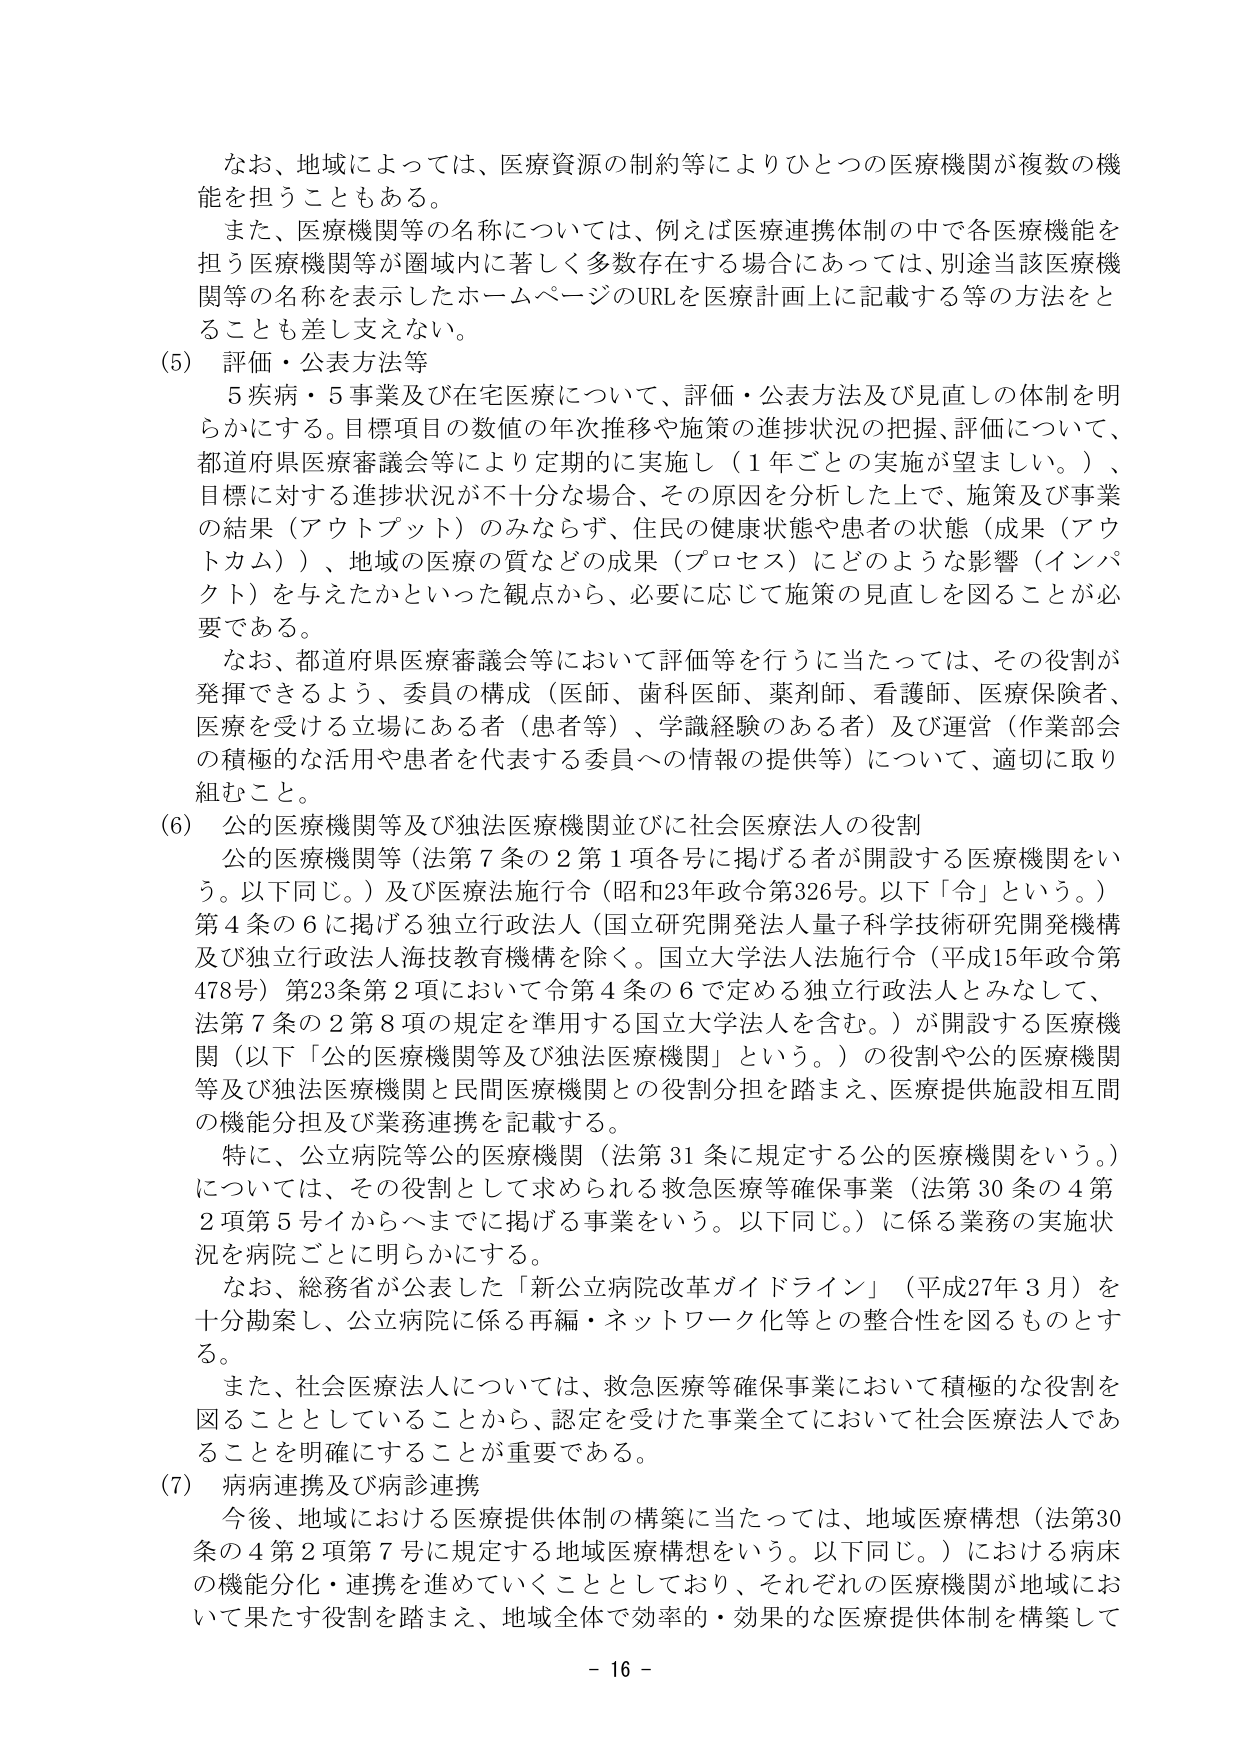
なお、地域によっては、医療資源の制約等によりひとつの医療機関が複数の機能を担うこともある。

また、医療機関等の名称については、例えば医療連携体制の中で各医療機能を担う医療機関等が圏域内に著しく多数存在する場合にあっては、別途当該医療機関等の名称を表示したホームページのURLを医療計画上に記載する等の方法をとることも差し支えない。

(5) 評価・公表方法等

　5疾病・5事業及び在宅医療について、評価・公表方法及び見直しの体制を明らかにする。目標項目の数値の年次推移や施策の進捗状況の把握、評価について、都道府県医療審議会等により定期的に実施し（1年ごとの実施が望ましい。）、目標に対する進捗状況が不十分な場合、その原因を分析した上で、施策及び事業の結果（アウトプット）のみならず、住民の健康状態や患者の状態（成果（アウトカム））、地域の医療の質などの成果（プロセス）にどのような影響（インパクト）を与えたかといった観点から、必要に応じて施策の見直しを図ることが必要である。

　なお、都道府県医療審議会等において評価等を行うに当たっては、その役割が発揮できるよう、委員の構成（医師、歯科医師、薬剤師、看護師、医療保険者、医療を受ける立場にある者（患者等）、学識経験のある者）及び運営（作業部会の積極的な活用や患者を代表する委員への情報の提供等）について、適切に取り組むこと。

(6) 公的医療機関等及び独法医療機関並びに社会医療法人の役割

　公的医療機関等（法第7条の2第1項各号に掲げる者が開設する医療機関をいう。以下同じ。）及び医療法施行令（昭和23年政令第326号。以下「令」という。）第4条の6に掲げる独立行政法人（国立研究開発法人量子科学技術研究開発機構及び独立行政法人海技教育機構を除く。国立大学法人法施行令（平成15年政令第478号）第23条第2項において令第4条の6で定める独立行政法人とみなして、法第7条の2第8項の規定を準用する国立大学法人を含む。）が開設する医療機関（以下「公的医療機関等及び独法医療機関」という。）の役割や公的医療機関等及び独法医療機関と民間医療機関との役割分担を踏まえ、医療提供施設相互間の機能分担及び業務連携を記載する。

　特に、公立病院等公的医療機関（法第31条に規定する公的医療機関をいう。）については、その役割として求められる救急医療等確保事業（法第30条の4第2項第5号イからヘまでに掲げる事業をいう。以下同じ。）に係る業務の実施状況を病院ごとに明らかにする。

　なお、総務省が公表した「新公立病院改革ガイドライン」（平成27年3月）を十分勘案し、公立病院に係る再編・ネットワーク化等との整合性を図るものとする。

　また、社会医療法人については、救急医療等確保事業において積極的な役割を図ることとしていることから、認定を受けた事業全てにおいて社会医療法人であることを明確にすることが重要である。

(7) 病床連携及び病診連携

　今後、地域における医療提供体制の構築に当たっては、地域医療構想（法第30条の4第2項第7号に規定する地域医療構想をいう。以下同じ。）における病床の機能分化・連携を進めていくこととしており、それぞれの医療機関が地域において果たす役割を踏まえ、地域全体で効率的・効果的な医療提供体制を構築して

- 16 -